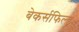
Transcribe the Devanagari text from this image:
बेकर्सफिल्ड